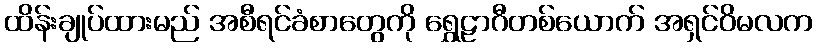
ထိန်းချုပ်ထားမည် အစီရင်ခံစာတွေကို ရွှေဠာဂီတစ်ယောက် အရှင်ဝိမလက